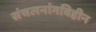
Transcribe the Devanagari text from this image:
संचलनांगविहीन